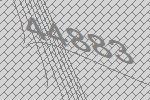
44883